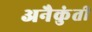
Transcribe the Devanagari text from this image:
अनैकुंती